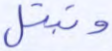
وتبتل